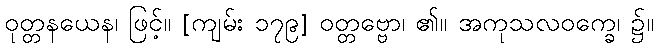
ဝုတ္တနယေန၊ ဖြင့်။ [ကျမ်း ၁၇၉] ဝတ္တဗ္ဗော၊ ၏။ အကုသလဝက္ခေ၊ ၌။